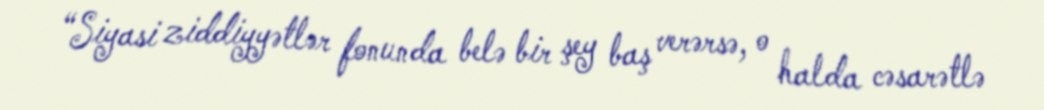
“Siyasi ziddiyyətlər fonunda belə bir şey baş verərsə, o halda cəsarətlə